Vaccine operations Central Provinces 1886-1899 - 1886-1899
Year: 1886
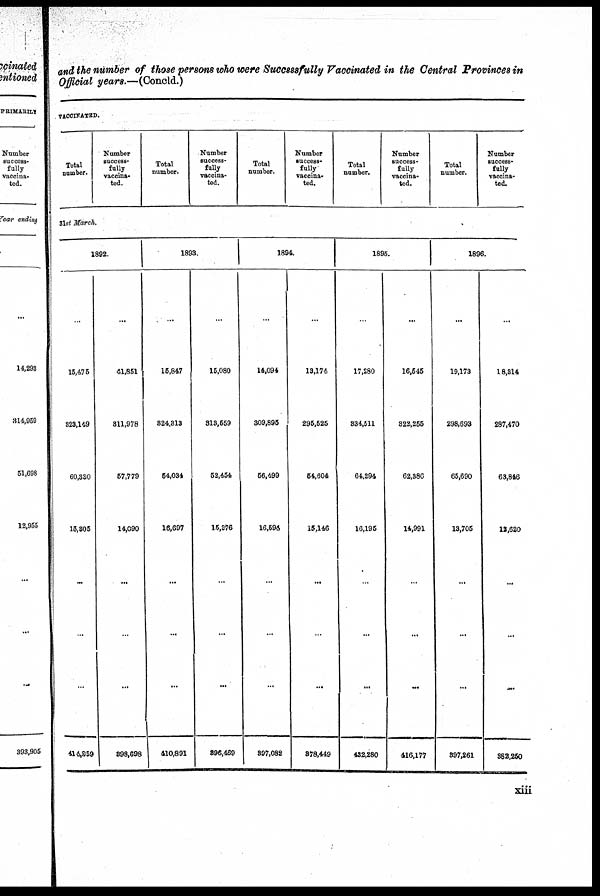
and the number of those persons who were Successfully Vaccinated in the Central Provinces in
Official years.—(Concld.)
VACCINATED.
Total
number.
Number
success-
fully
vaccina-
ted.
Total
number.
Number
success-
fully
vaccina-
ted.
Total
number.
Number
success-
fully
vaccina-
ted.
Total
number.
Number
success-
fully
vaccina-
ted.
Total
number.
Number
success-
fully
vaccina-
ted.
31st March.
1892.
...
15,475
323,149
60,330
15,305
...
...
...
414,859
...
41,851
811,978
57,779
14,090
...
...
...
398,698
1893.
...
15,847
824,313
54,034
16,697
...
...
...
410,891
...
15,080
313,559
52,454
15,376
...
...
...
896,469
1894.
...
14,094
309,896
56,499
16,696
...
...
...
397,082
...
13,174
295,525
64,804
15,146
...
...
...
378,449
1895.
...
17,280
334,511
64,294
16,195
...
...
...
432,280
...
16,545
322,255
62,386
14,991
...
...
...
416,177
1896.
...
19,173
298,693
65,690
13,705
...
...
...
397,261
...
18,314
287,470
63,846
12,620
...
...
...
382,250
xiii